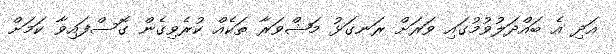
އަދި އެ ބައްދަލުވުމުގައި ވަރަށް ރަނގަޅު މަޝްވަރާ ތަކެއް ކުރެވިގެން ގޮސްފައިވާ ކަމަށް